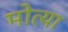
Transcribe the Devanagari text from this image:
मोत्या